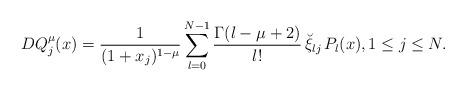
LaTeX: \begin{align*}DQ_j^\mu(x)=\frac{1}{(1+x_j)^{1-\mu}}\sum_{l=0}^{N-1} \frac{\Gamma(l-\mu+2)}{l!}\, \breve\xi_{lj}\, P_l(x), 1\le j\le N.\end{align*}